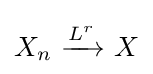
X_{n}\ {\xrightarrow {\overset {}{L^{r}}}}\ X